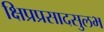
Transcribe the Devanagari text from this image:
क्षिप्रप्रसादसुलभ